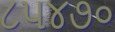
૮૫૪૭૦